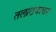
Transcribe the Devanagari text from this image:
तलाठयावर